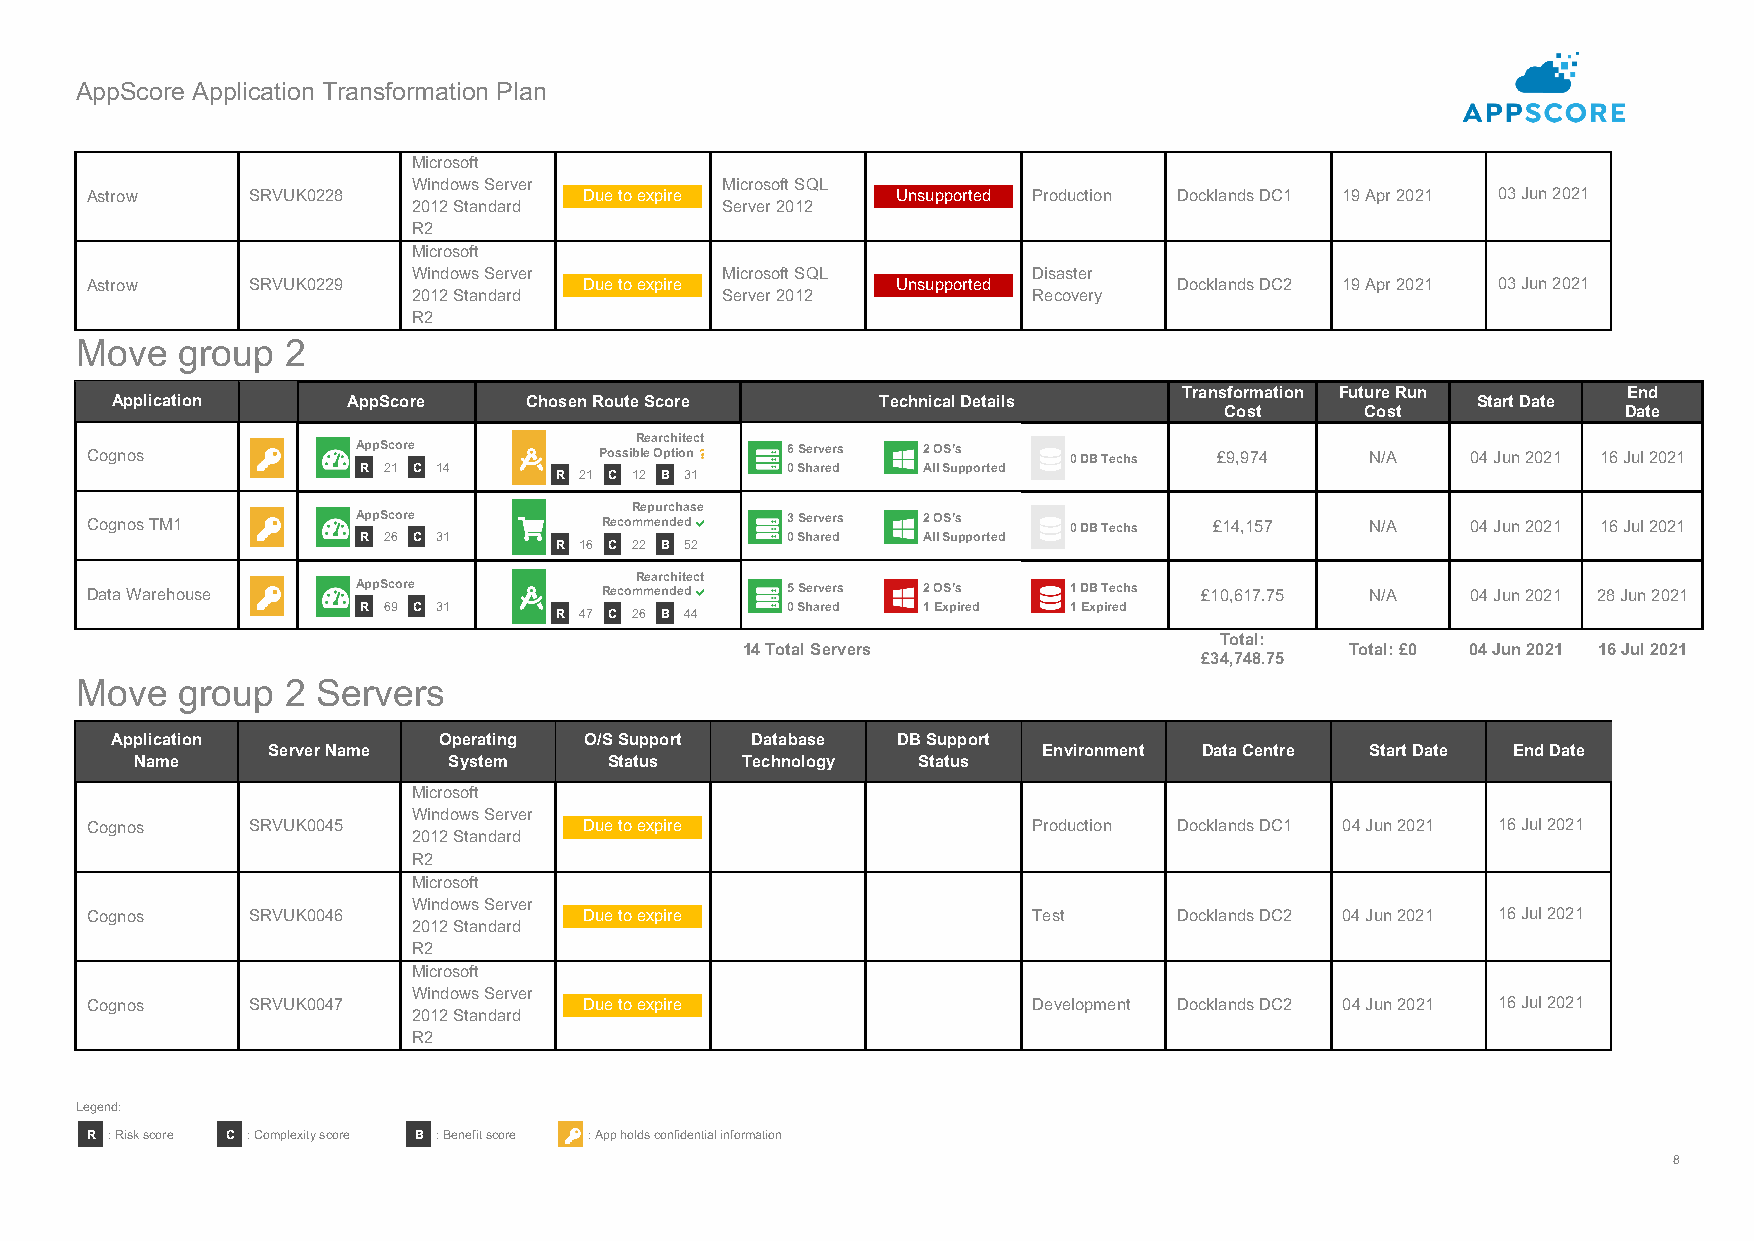
AppScore Application Transformation Plan
 Microsoft
 Windows Server       Microsoft SQL
 Astrow    SRVUK0228              Due to expire       Unsupported Production Docklands DC1 19 Apr 2021 03 Jun 2021
 2012 Standard        Server 2012
 R2
 Microsoft
 Windows Server       Microsoft SQL       Disaster
 Astrow    SRVUK0229              Due to expire       Unsupported        Docklands DC2 19 Apr 2021 03 Jun 2021
 2012 Standard        Server 2012         Recovery
 R2
 Move   group  2
 Transformation Future Run     End
 Application     AppScore    Chosen Route Score     Technical Details                       Start Date
 Cost     Cost              Date
 Cognos            AppS core       Po
 ssibR lee a Or pch tii ote nc t
 6 Servers 2 OS’s   0 DB Techs £9,974   N/A   04 Jun 2021 16 Jul 2021
 R 21 C 14
 R 21 C 12 B 31
 0 Shared All Supported
 Cognos TM1        AppS core       R
 ecoR me mp eu nrc dh ea ds e
 3 Servers 2 OS’s   0 DB Techs £14,157  N/A   04 Jun 2021 16 Jul 2021
 R 26 C 31
 R 16 C 22 B 52
 0 Shared All Supported
 Data Warehouse    AppS core
 RecomR mea er nc dh eit de ct
 5 Servers 2 OS’s   1 DB Techs £10,617.75 N/A 04 Jun 2021 28 Jun 2021
 R 69 C 31
 R 47 C 26 B 44
 0 Shared 1 Expired 1 Expired
 Total:
 14 Total Servers                        Total: £0 04 Jun 2021 16 Jul 2021
 £34,748.75
 Move   group  2 Servers
 Application           Operating O/S Support Database DB Support
 Server Name                                        Environment Data Centre Start Date End Date
 Name                 System    Status   Technology  Status
 Microsoft
 Windows Server
 Cognos    SRVUK0045              Due to expire                Production Docklands DC1 04 Jun 2021 16 Jul 2021
 2012 Standard
 R2
 Microsoft
 Windows Server
 Cognos    SRVUK0046              Due to expire                Test      Docklands DC2 04 Jun 2021 16 Jul 2021
 2012 Standard
 R2
 Microsoft
 Windows Server
 Cognos    SRVUK0047              Due to expire                Development Docklands DC2 04 Jun 2021 16 Jul 2021
 2012 Standard
 R2
 Legend:
 R : Risk score C : Complexity score B : Benefit score : App holds confidential information
 8